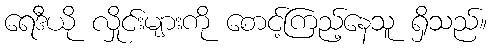
ရေဒီယို လှိုင်းများကို စောင့်ကြည့်နေသူ ရှိသည်။